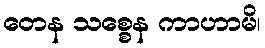
တေန သစ္စေန ကာဟာမိ၊